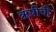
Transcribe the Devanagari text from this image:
ॠषीची